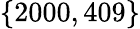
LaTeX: \{ 2000,409\}